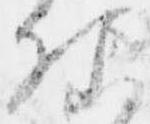
様